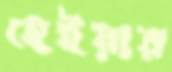
হেইয়ার